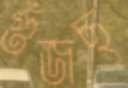
গুঁজছ